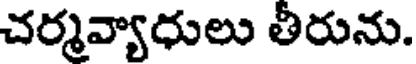
చర్మవ్యాధులు తీరును.